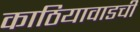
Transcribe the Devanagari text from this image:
काठियावाडची